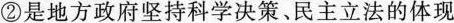
②是地方政府坚持科学决策、民主立法的体现